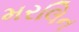
મરલિન